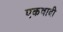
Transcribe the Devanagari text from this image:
एकवादी